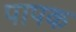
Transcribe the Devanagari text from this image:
पापक